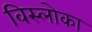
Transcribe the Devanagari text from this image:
विस्लोका